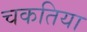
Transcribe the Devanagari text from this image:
चकतिया